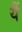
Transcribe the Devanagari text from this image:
यैं